Suggestions for procedure with regard to school attendance under the Education (Scotland) Act, 1936, sections 1 to 3 and 5, 1936
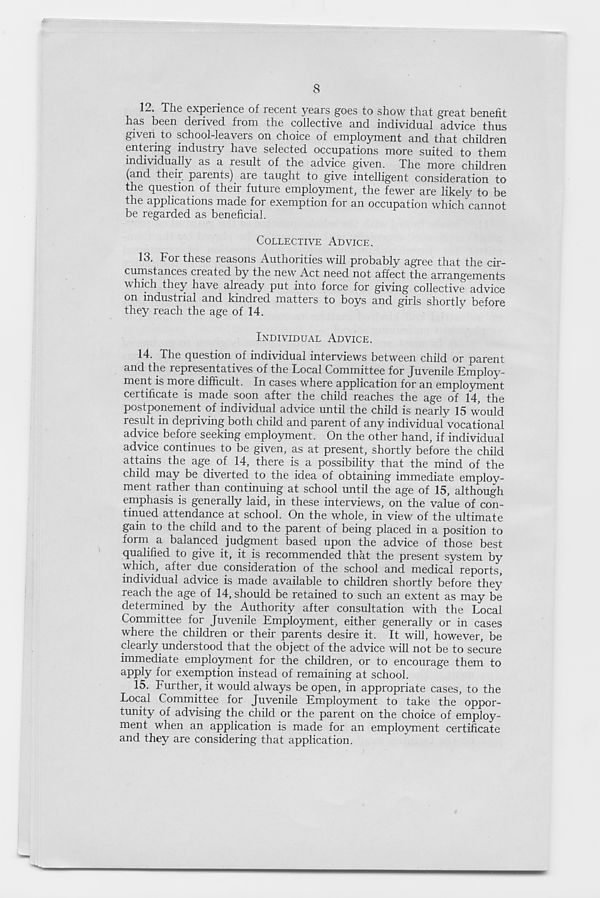
8
12. The experience of recent years goes to show that great benefit
has been derived from the collective and individual advice thus
given to school-leavers on choice of employment and that children
entering industry have selected occupations more suited to them
individually as a result of the advice given. Phe more children
(and their parents) aie taught to give intelligent consideration to
the question of their future employment, the fewer are likely to be
the applications made for exemption for an occupation which cannot
be regarded as beneficial.
COLLECTIVE ADVICE.
18. Foi these xeasons Authorities will probably agree that the cir-
cumstances created by the new Act need not affect the arrangements
which they have already put into force for giving collective advice
on industrial and kindred matters to boys and girls shortly before
they reach the age of 14.
INDIVIDUAL ADVICE.
14. Ihe question of individual interviews between child or parent
and the representatives of the Local Committee for Juvenile Employ-
ment is more difficult. In cases where application for an employment
certificate is made soon after the child reaches the age of 14, the
postponement of individual advice until the child is nearly 15 would
result in depriving both child and parent of any individual vocational
advice before seeking employment. On the other hand, if individual
advice continues to be given, as at present, shortly before the child
attains the age of 14, there is a possibility that the mind of the
child may be diverted to the idea of obtaining immediate emplov-
ment rather than continuing at school until the age of 15, although
emphasis is generally laid, in these interviews, on the value of con-
tinued attendance at school. On the whole, in view of the ultimate
gain to the child and to the parent of being placed in a position to
form a balanced judgment based upon the advice of those best
qualified to give it, it is recommended that the present system by
which, after due consideration of the school and medical reports,
individual advice is made available to children shortly before they
reach the age of 14, should be retained to such an extent as may be
determined by the Authority after consultation with the Local
Committee for Juvenile Employment, either generally or in cases
where the children or their parents desire it. It will, however, be
clearly understood that the object of the advice will not be to secure
immediate employment for the children, or to encourage them to
a Pply f°r exemption instead of remaining at school.
15. Further, it would always be open, in appropriate cases, to the
Local Committee for Juvenile Employment to take the oppor-
tunity of advising the child or the parent on the choice of employ-
ment when an application is made for an employment certificate
and they are considering that application.